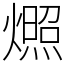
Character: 燳